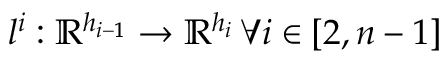
l ^ { i } : \mathbb { R } ^ { h _ { i - 1 } } \rightarrow \mathbb { R } ^ { h _ { i } } \, \forall i \in [ 2 , n - 1 ]